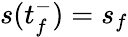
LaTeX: s(t_{f}^{-})=s_{f}